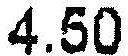
4.50